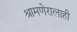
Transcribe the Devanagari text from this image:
श्रामणेरालाही